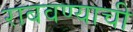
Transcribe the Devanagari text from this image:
राबवण्याची